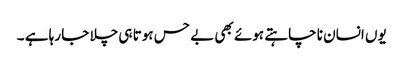
یوں انسان نا چاہتے ہوئے بھی بے حس ہوتا ہی چلا جا رہا ہے ۔